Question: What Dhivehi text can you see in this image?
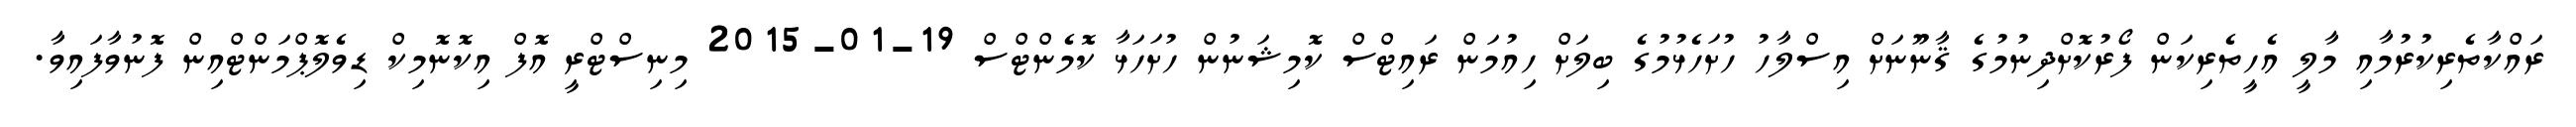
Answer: ރައްކާތެރިކުރުމާއި މާލީ އެހީތެރިކަން ފޯރުކޮށްދިނުމުގެ ޤާނޫނަށް އިސްލާހު ހުށަހެޅުމުގެ ބިލަށް ހިއުމަން ރައިޓްސް ކޮމިޝަނުން ހުށަހަޅާ ކޮމެންޓްސް 19-01-2015 މިނިސްޓްރީ އޮފް އިކޮނޮމިކް ޑިވެލޮޕްމަންޓްއިން ފޮނުވާފައިވާ.